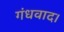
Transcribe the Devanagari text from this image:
गंधवाद।